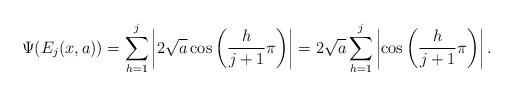
LaTeX: \begin{align*} \Psi(E_j(x, a)) &= \sum_{h = 1}^{j}\left| 2\sqrt{a} \cos\left(\frac{h}{j+1}\pi\right) \right| = 2\sqrt{a} \sum_{h = 1}^{j}\left|\cos\left(\frac{h}{j+1}\pi\right) \right| . \end{align*}